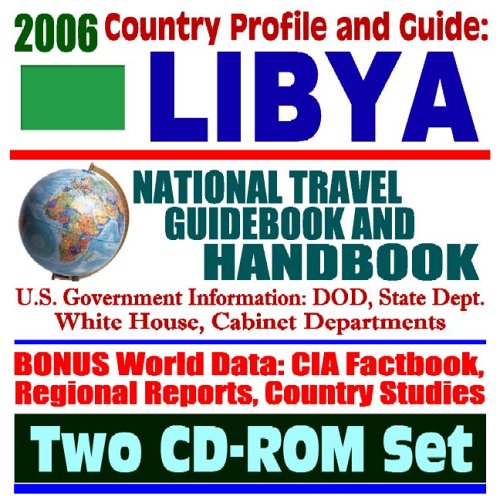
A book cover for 2006 Country Profile and Guide to Libya: National Travel Guidebook and Handbook (Two CD-ROM Set); U.S. Government; Travel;